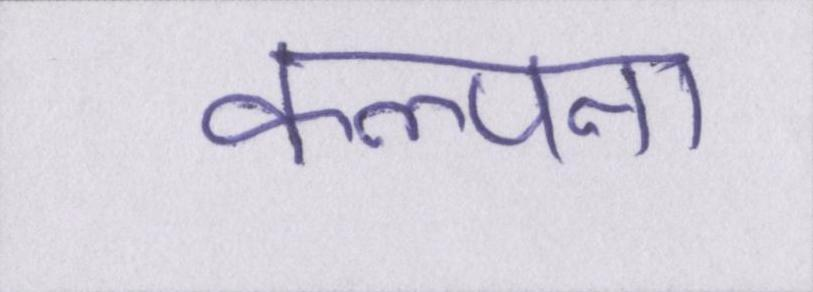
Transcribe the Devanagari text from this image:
कल्पना